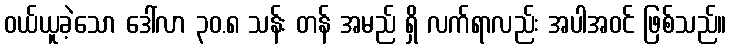
ဝယ်ယူခဲ့သော ဒေါ်လာ ၃၀.၈ သန်း တန် အမည် ရှိ လက်ရာလည်း အပါအဝင် ဖြစ်သည်။